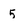
Character: 5